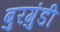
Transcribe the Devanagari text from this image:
बुरगुंडी